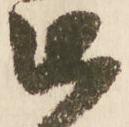
被